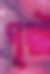
পৃথ্বী